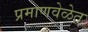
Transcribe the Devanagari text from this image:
प्रमाणवेळेत